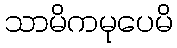
သာမိကမုပေမိ